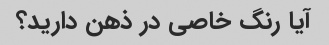
آیا رنگ خاصی در ذهن دارید؟